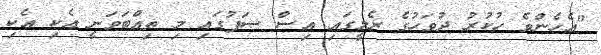
"އެހެންވެ ހުކުރު ދުވަހުގެ ރެލީގައި އިސް ސަފުގައި މި ތިއްބަވަނީ އެކި އެކި